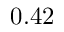
0 . 4 2